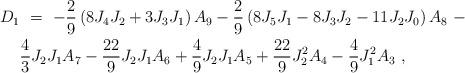
LaTeX: \begin{align*}D_{1} &\ =\ - \frac{2}{9} \left( 8 J_4J_2 + 3 J_3J_1\right) A_9 - \frac{2}{9} \left(8 J_5J_1 - 8 J_3J_2 - 11 J_2J_0\right) A_8\ -\\& \frac{4}{3}J_2J_1 A_7 - \frac{22}{9}J_2J_1 A_6 + \frac{4}{9}J_2J_1 A_5 + \frac{22}{9}J_2^2 A_4 - \frac{4}{9}J_1^2A_3 \ ,\end{align*}